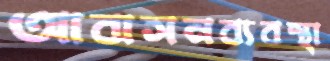
আবাসনব্যবস্থা